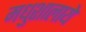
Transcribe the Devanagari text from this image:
मधुशालाये